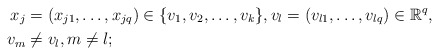
\begin{align*}x_j &= (x_{j1},\ldots,x_{jq}) \in \{v_1, v_2,\ldots,v_k \},v_l =(v_{l1}, \ldots, v_{lq}) \in \mathbb{R}^q,\\v_m &\neq v_l, m\neq l;\end{align*}